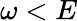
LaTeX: \omega<E